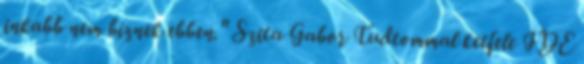
inkabb nem biznek ebben." Szita Gabor Tudtommal ketfele IDE